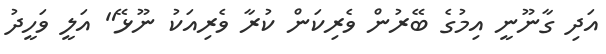
އަދި ގާނޫނީ އިމުގެ ބޭރުން ވެރިކަން ކުރާ ވެރިއަކު ނޫޅޭ" އަލީ ވަހީދު